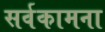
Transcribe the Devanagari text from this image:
सर्वकामना